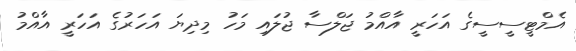
އެމްޓީސީސީގެ އަހަރީ އާއްމު ޖަލްސާ ޖުލައި މަހު މިދިޔަ އަހަރުގެ އަހަރީ އާއްމު